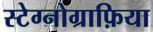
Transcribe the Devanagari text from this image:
स्टेग्नोग्राफ़िया